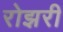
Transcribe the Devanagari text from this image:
रोझरी